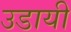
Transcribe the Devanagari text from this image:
उडायी